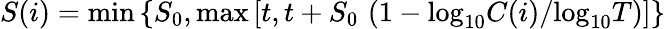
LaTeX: {S(i)=\mathrm{min}\left\{ S_{0},\mathrm{max}\left[t,t+S_{0}\, \left(1-\mathrm{log}_{10}C(i)/\mathrm{log}_{10}T\right)\right]\right\} }